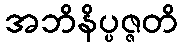
အဘိနိပ္ပဇ္ဇတိ